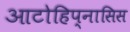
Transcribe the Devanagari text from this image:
आटोहिप्नासिस